Vaccination in Bombay 1913-1923 - 1913-1923
Year: 1913
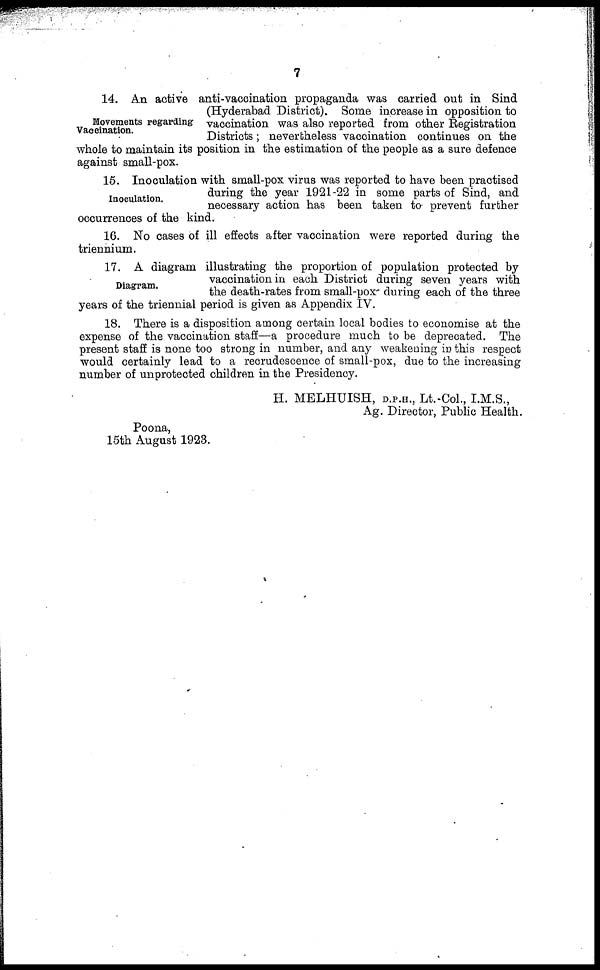
7
Movements regarding
Vaccination.
14. An active anti-vaccination propaganda was carried out in Sind
(Hyderabad District). Some increase in opposition to
vaccination was also reported from other Registration
Districts; nevertheless vaccination continues on the
whole to maintain its position in the estimation of the people as a sure defence
against small-pox.
Inoculation.
15. Inoculation with small-pox virus was reported to have been practised
during the year 1921-22 in some parts of Sind, and
necessary action has been taken to prevent further
occurrences of the kind.
16. No cases of ill effects after vaccination were reported during the
triennium.
Diagram.
17. A diagram illustrating the proportion of population protected by
vaccination in each District during seven years with
the death-rates from small-pox during each of the three
years of the triennial period is given as Appendix IV.
18. There is a disposition among certain local bodies to economise at the
expense of the vaccination staff—a procedure much to be deprecated. The
present staff is none too strong in number, and any weakening in this respect
would certainly lead to a recrudescence of small-pox, due to the increasing
number of unprotected children in the Presidency.
H. MELHUISH, D.P.H., Lt.-Col., I.M.S.,
Ag. Director, Public Health.
Poona,
15th August 1923.